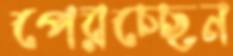
পেরচ্ছেন